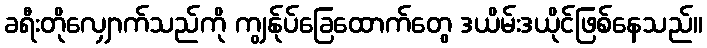
ခရီးတိုလျှောက်သည်ကို ကျွန်ုပ်ခြေထောက်တွေ ဒယိမ်းဒယိုင်ဖြစ်နေသည်။